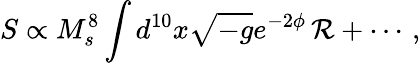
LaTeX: S\propto{M_{s}^{8}}\int d^{10}x\sqrt{-g}e^{-2\phi}\, {\cal R}+\cdots\, ,